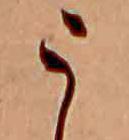
う